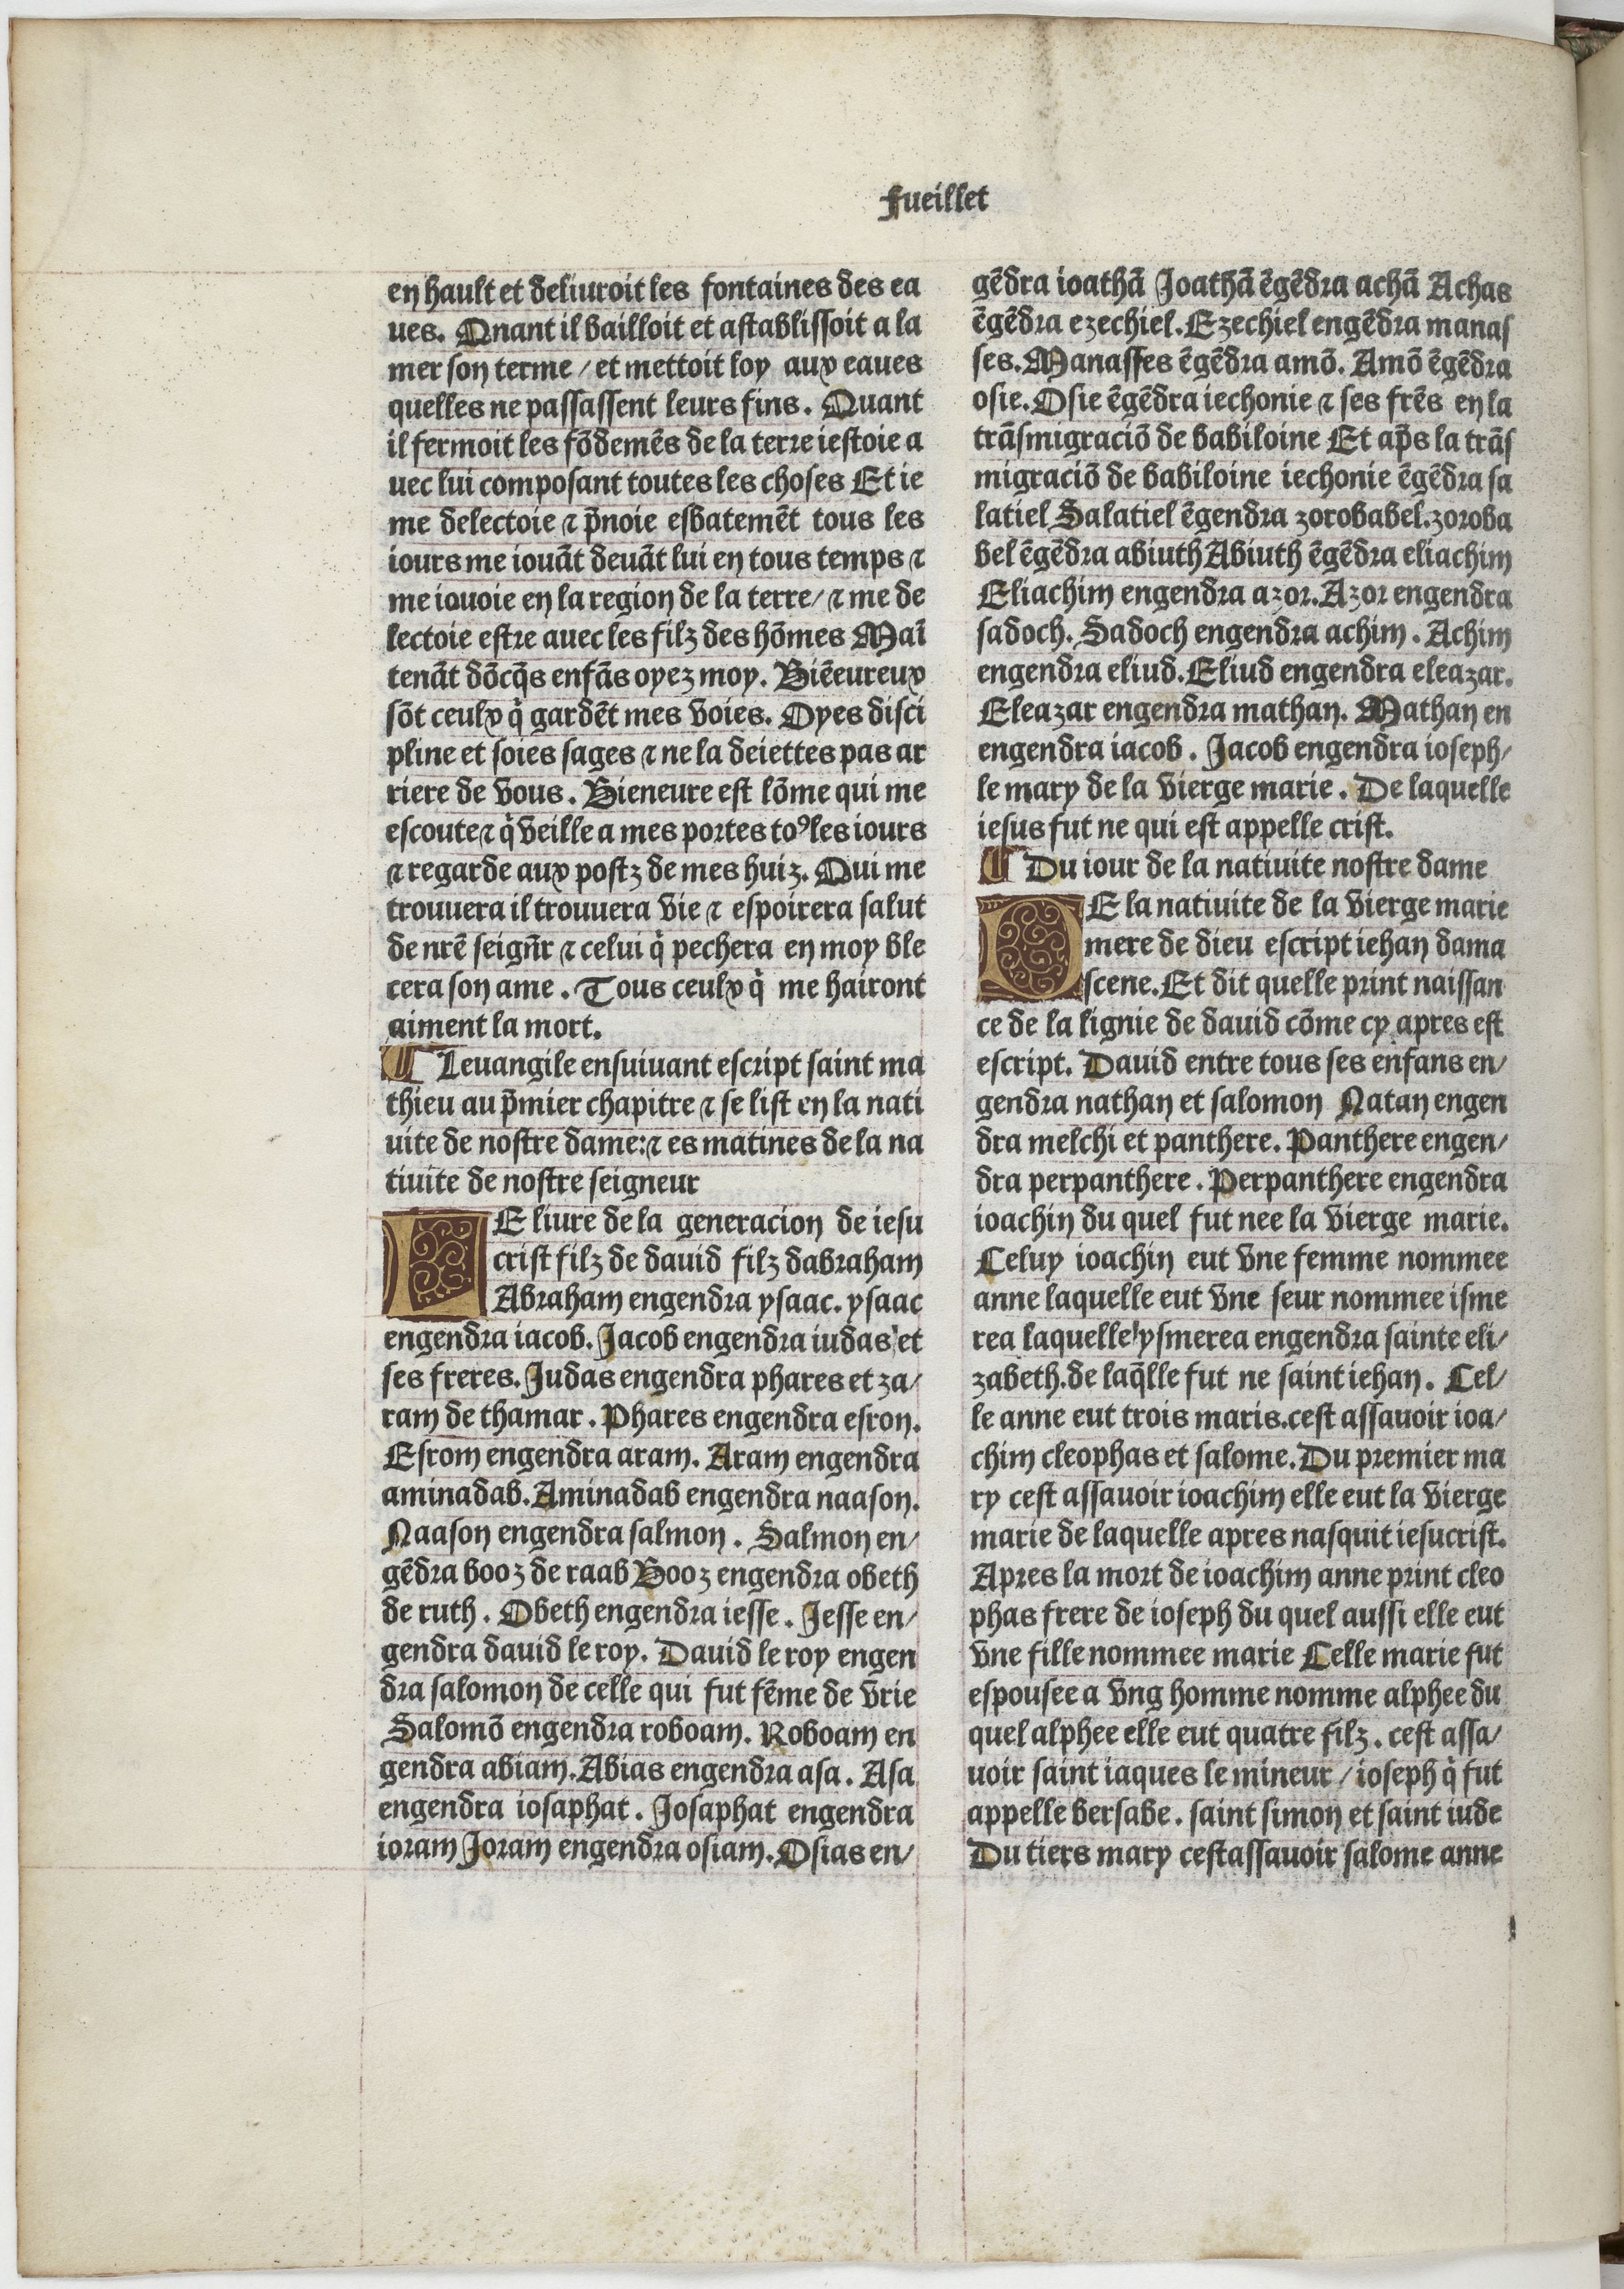
Shelfmark: Paris, BnF, Velins 906
Century: 15